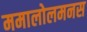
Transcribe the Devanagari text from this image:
ममालोलमनस